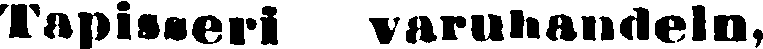
Tapisseri varuhandeln,